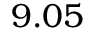
9 . 0 5